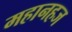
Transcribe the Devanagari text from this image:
महानहज